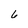
Character: 6